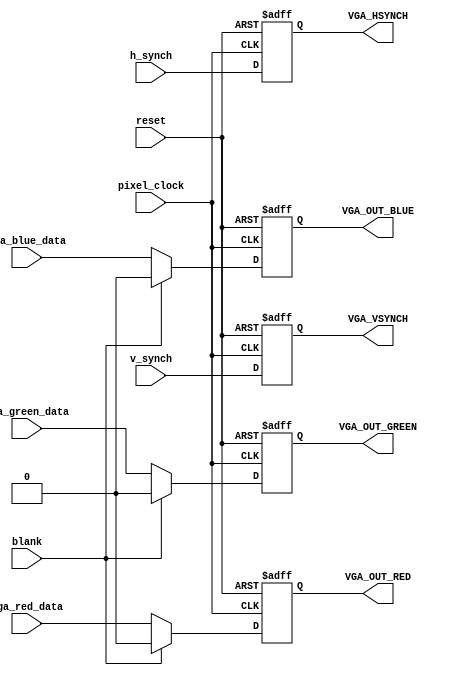
module VIDEO_OUT
(
pixel_clock,
reset,
vga_red_data,
vga_green_data,
vga_blue_data,
h_synch,
v_synch,
blank,

VGA_HSYNCH,
VGA_VSYNCH,
VGA_OUT_RED,
VGA_OUT_GREEN,
VGA_OUT_BLUE
);

input				pixel_clock;
input				reset;
input				vga_red_data;
input				vga_green_data;
input				vga_blue_data;
input				h_synch;
input				v_synch;
input				blank;

output			VGA_HSYNCH;
output			VGA_VSYNCH;
output			VGA_OUT_RED;
output			VGA_OUT_GREEN;
output			VGA_OUT_BLUE;

reg				VGA_HSYNCH;
reg				VGA_VSYNCH;
reg				VGA_OUT_RED;
reg				VGA_OUT_GREEN;
reg				VGA_OUT_BLUE;

// make the external video connections
always @ (posedge pixel_clock or posedge reset) begin
	if (reset) begin
		// shut down the video output during reset
		VGA_HSYNCH 				<= 1'b1;
		VGA_VSYNCH 				<= 1'b1;
		VGA_OUT_RED				<= 1'b0;
		VGA_OUT_GREEN			<= 1'b0;
		VGA_OUT_BLUE			<= 1'b0;
	end
	
	else if (blank) begin
		// output black during the blank signal
		VGA_HSYNCH	 			<= h_synch;
		VGA_VSYNCH 	 			<= v_synch;
		VGA_OUT_RED				<= 1'b0;
		VGA_OUT_GREEN			<= 1'b0;
		VGA_OUT_BLUE			<= 1'b0;
	end
	
	else begin
		// output color data otherwise
		VGA_HSYNCH	 			<= h_synch;
		VGA_VSYNCH 	 			<= v_synch;
		VGA_OUT_RED				<= vga_red_data;
		VGA_OUT_GREEN			<= vga_green_data;
		VGA_OUT_BLUE			<= vga_blue_data;
	end
end

endmodule